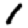
Digit: 1